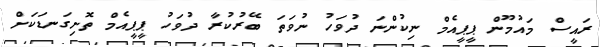
ރައީސް މައުމޫން ޕީޕީއެމް ނިކުންނަ ދުވަހު ނުވަތަ ބޭރުކުރާ ދުވަހު ޕީޕީއެމް ތޮށިގަނޑަކަށް